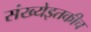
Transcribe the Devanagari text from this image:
संख्येइतकीच